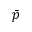
\Bar { p }